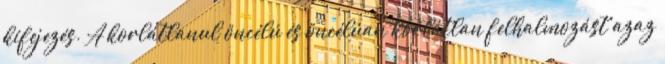
kifejezés. A korlátlanul öncélú és öncélúan korlátlan felhalmozást azaz